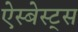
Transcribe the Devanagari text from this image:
ऐस्बेस्ट्स